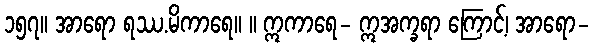
၁၅၇။ အာရော ရဿ.မိကာရေ။ ။ ဣကာရေ- ဣအက္ခရာ ကြောင့်၊ အာရော-